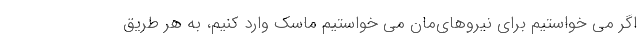
اگر می خواستیم برای نیروهای‌مان می خواستیم ماسک وارد کنیم، به هر طریق